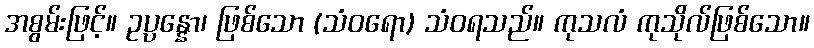
အစွမ်းဖြင့်။ ဥပ္ပန္နော၊ ဖြစ်သော (သံဝရော) သံဝရသည်။ ကုသလံ ကုသိုလ်ဖြစ်သော။